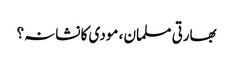
بھارتی مسلمان ، مودی کا نشانہ؟